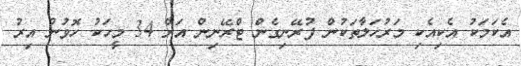
އެކަމަކު އެކިއެކި މަރުހަލާތަކުން ފުރޭނިގެން ޓްރޭނިން އަށް 34 މީހަކު ހޮވުނު އިރު